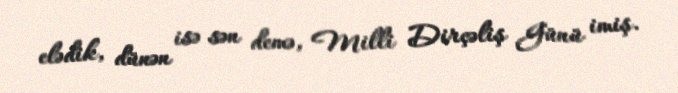
elədik, dünən isə sən demə, Milli Dirçəliş Günü imiş.